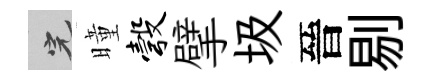
完曈彀擘圾晉剔